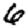
Digit: 6